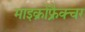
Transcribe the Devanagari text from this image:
माइक्रोफ्रैक्चर